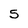
Character: 5